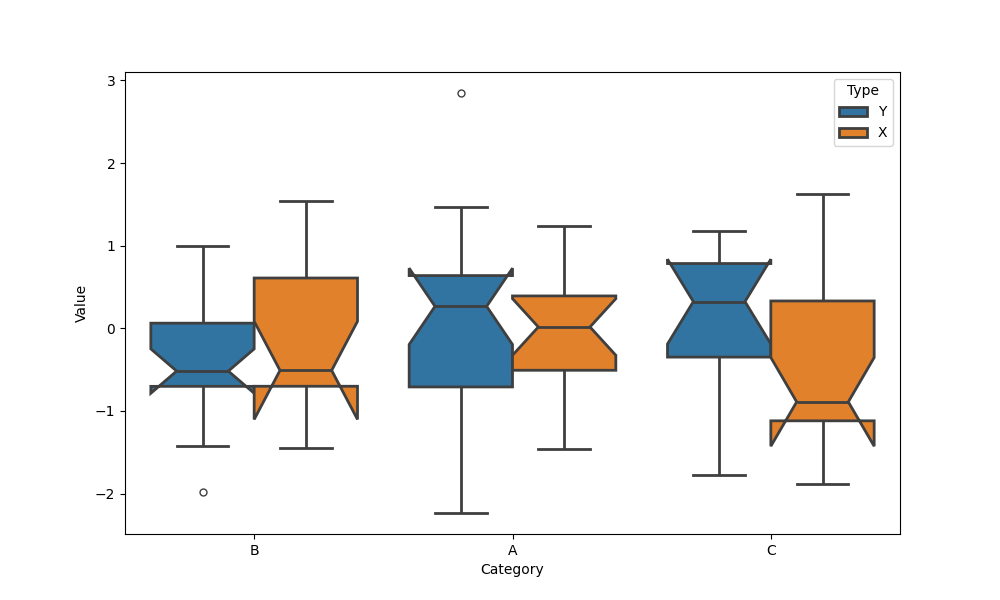
python, seaborn, boxplot, width=0.8, linewidth=2, fliersize=5, notch=True